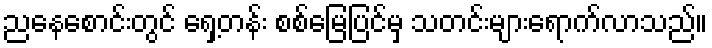
ညနေစောင်းတွင် ရှေ့တန်း စစ်မြေပြင်မှ သတင်းများရောက်လာသည်။